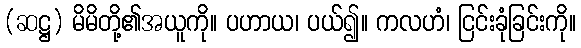
(ဆဋ္ဌ) မိမိတို့၏အယူကို။ ပဟာယ၊ ပယ်၍။ ကလဟံ၊ ငြင်းခုံခြင်းကို။